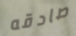
صادقه